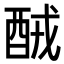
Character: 𨠤